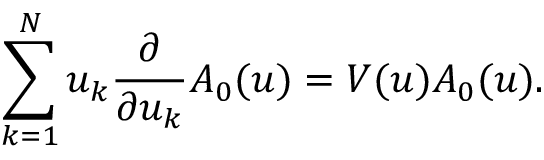
\sum _ { k = 1 } ^ { N } u _ { k } \frac { \partial } { \partial u _ { k } } A _ { 0 } ( u ) = V ( u ) A _ { 0 } ( u ) .